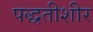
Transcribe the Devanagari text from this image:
पद्धतीशीर